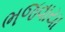
ભજવાયા